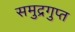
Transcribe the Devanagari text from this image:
समुद्रगुप्‍त